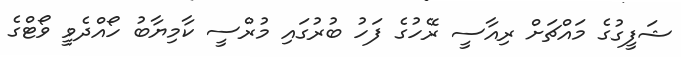
ޝަފީގުގެ މައްޗަށް ރިއާސީ ރޭހުގެ ފަހު ބުރުގައި މުރްސީ ކާމިޔާބު ހޯއްދެވީ ވޯޓްގެ